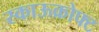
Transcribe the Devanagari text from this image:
स्काऊक्रोफ्ट